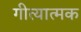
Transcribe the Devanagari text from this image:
गीत्यात्मक